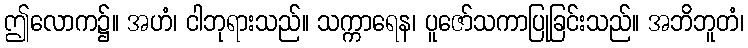
ဤလောက၌။ အဟံ၊ ငါဘုရားသည်။ သက္ကာရေန၊ ပူဇော်သကာပြုခြင်းသည်။ အဘိဘူတံ၊